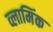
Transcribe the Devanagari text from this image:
व्लामिंक